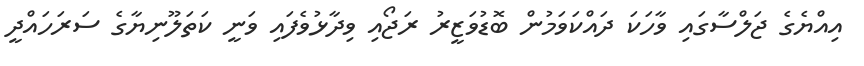
އިއްޔެގެ ޖަލްސާގައި ވާހަކަ ދައްކަވަމުން ބޮޑުވަޒީރު ރަޖޯއި ވިދާޅުވެފައި ވަނީ ކަތަލޫނިޔާގެ ސަރަހައްދީ